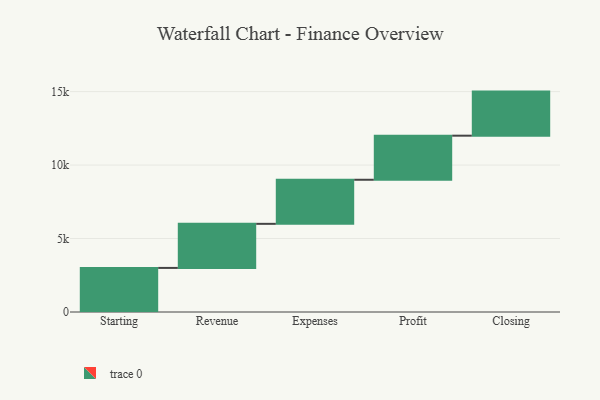
{"axis": {"x": "Step", "y": "Value"}, "legend": [""], "data": [{"x": "Starting", "y": 3000, "type": ""}, {"x": "Revenue", "y": 3000, "type": ""}, {"x": "Expenses", "y": 3000, "type": ""}, {"x": "Profit", "y": 3000, "type": ""}, {"x": "Closing", "y": 3000, "type": ""}]}